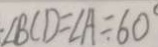
\angle B C D = \angle A = 6 0 ^ { \circ }